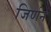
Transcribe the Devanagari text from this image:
जिर्णन